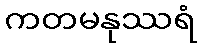
ကတမနုဿရံ